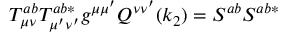
T _ { \mu \nu } ^ { a b } T _ { \mu ^ { \prime } \nu ^ { \prime } } ^ { a b * } g ^ { \mu \mu ^ { \prime } } Q ^ { \nu \nu ^ { \prime } } ( k _ { 2 } ) = S ^ { a b } S ^ { a b * }